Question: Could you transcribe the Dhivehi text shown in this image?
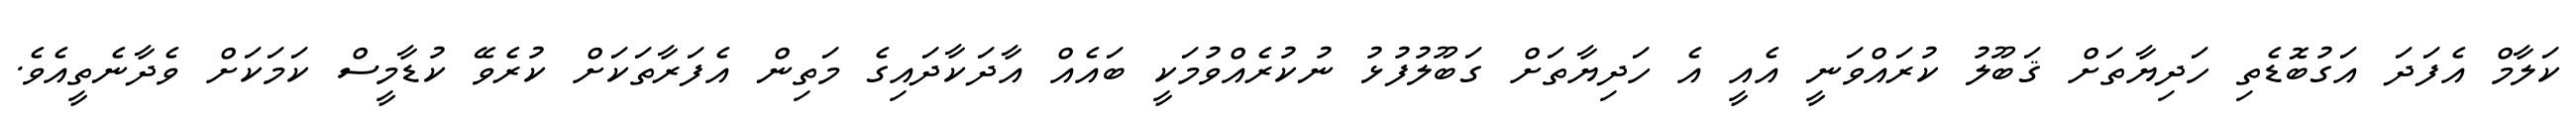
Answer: ކަލާމް އެފަދަ އަގުބޮޑެތި ހަދިޔާތަށް ޤަބޫލު ކުރައްވަނީ އެއީ އެ ހަދިޔާތަށް ގަބޫލުފުޅު ނުކުރެއްވުމަކީ ބައެއް އާދަކާދައިގެ މަތިން އެފަރާތަކަށް ކުރެވޭ ކުޑާމީސް ކަމަކަށް ވެދާނެތީއެވެ.